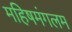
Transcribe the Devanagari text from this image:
महिषमंगलम